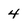
Character: 4